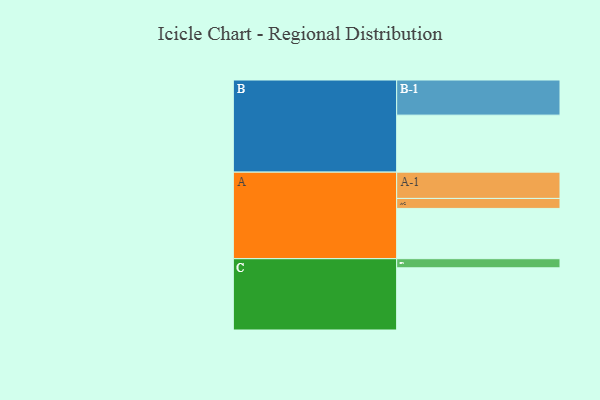
{"axis": {"x": "Segment", "y": "Value"}, "legend": ["", "A", "B", "C"], "data": [{"x": "A", "y": 398, "type": ""}, {"x": "B", "y": 451, "type": ""}, {"x": "C", "y": 492, "type": ""}, {"x": "A-1", "y": 208, "type": "A"}, {"x": "A-2", "y": 79, "type": "A"}, {"x": "B-1", "y": 278, "type": "B"}, {"x": "C-1", "y": 72, "type": "C"}]}